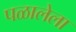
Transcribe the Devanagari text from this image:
पळालेला